Karksi_vallavalitsus, lk 110
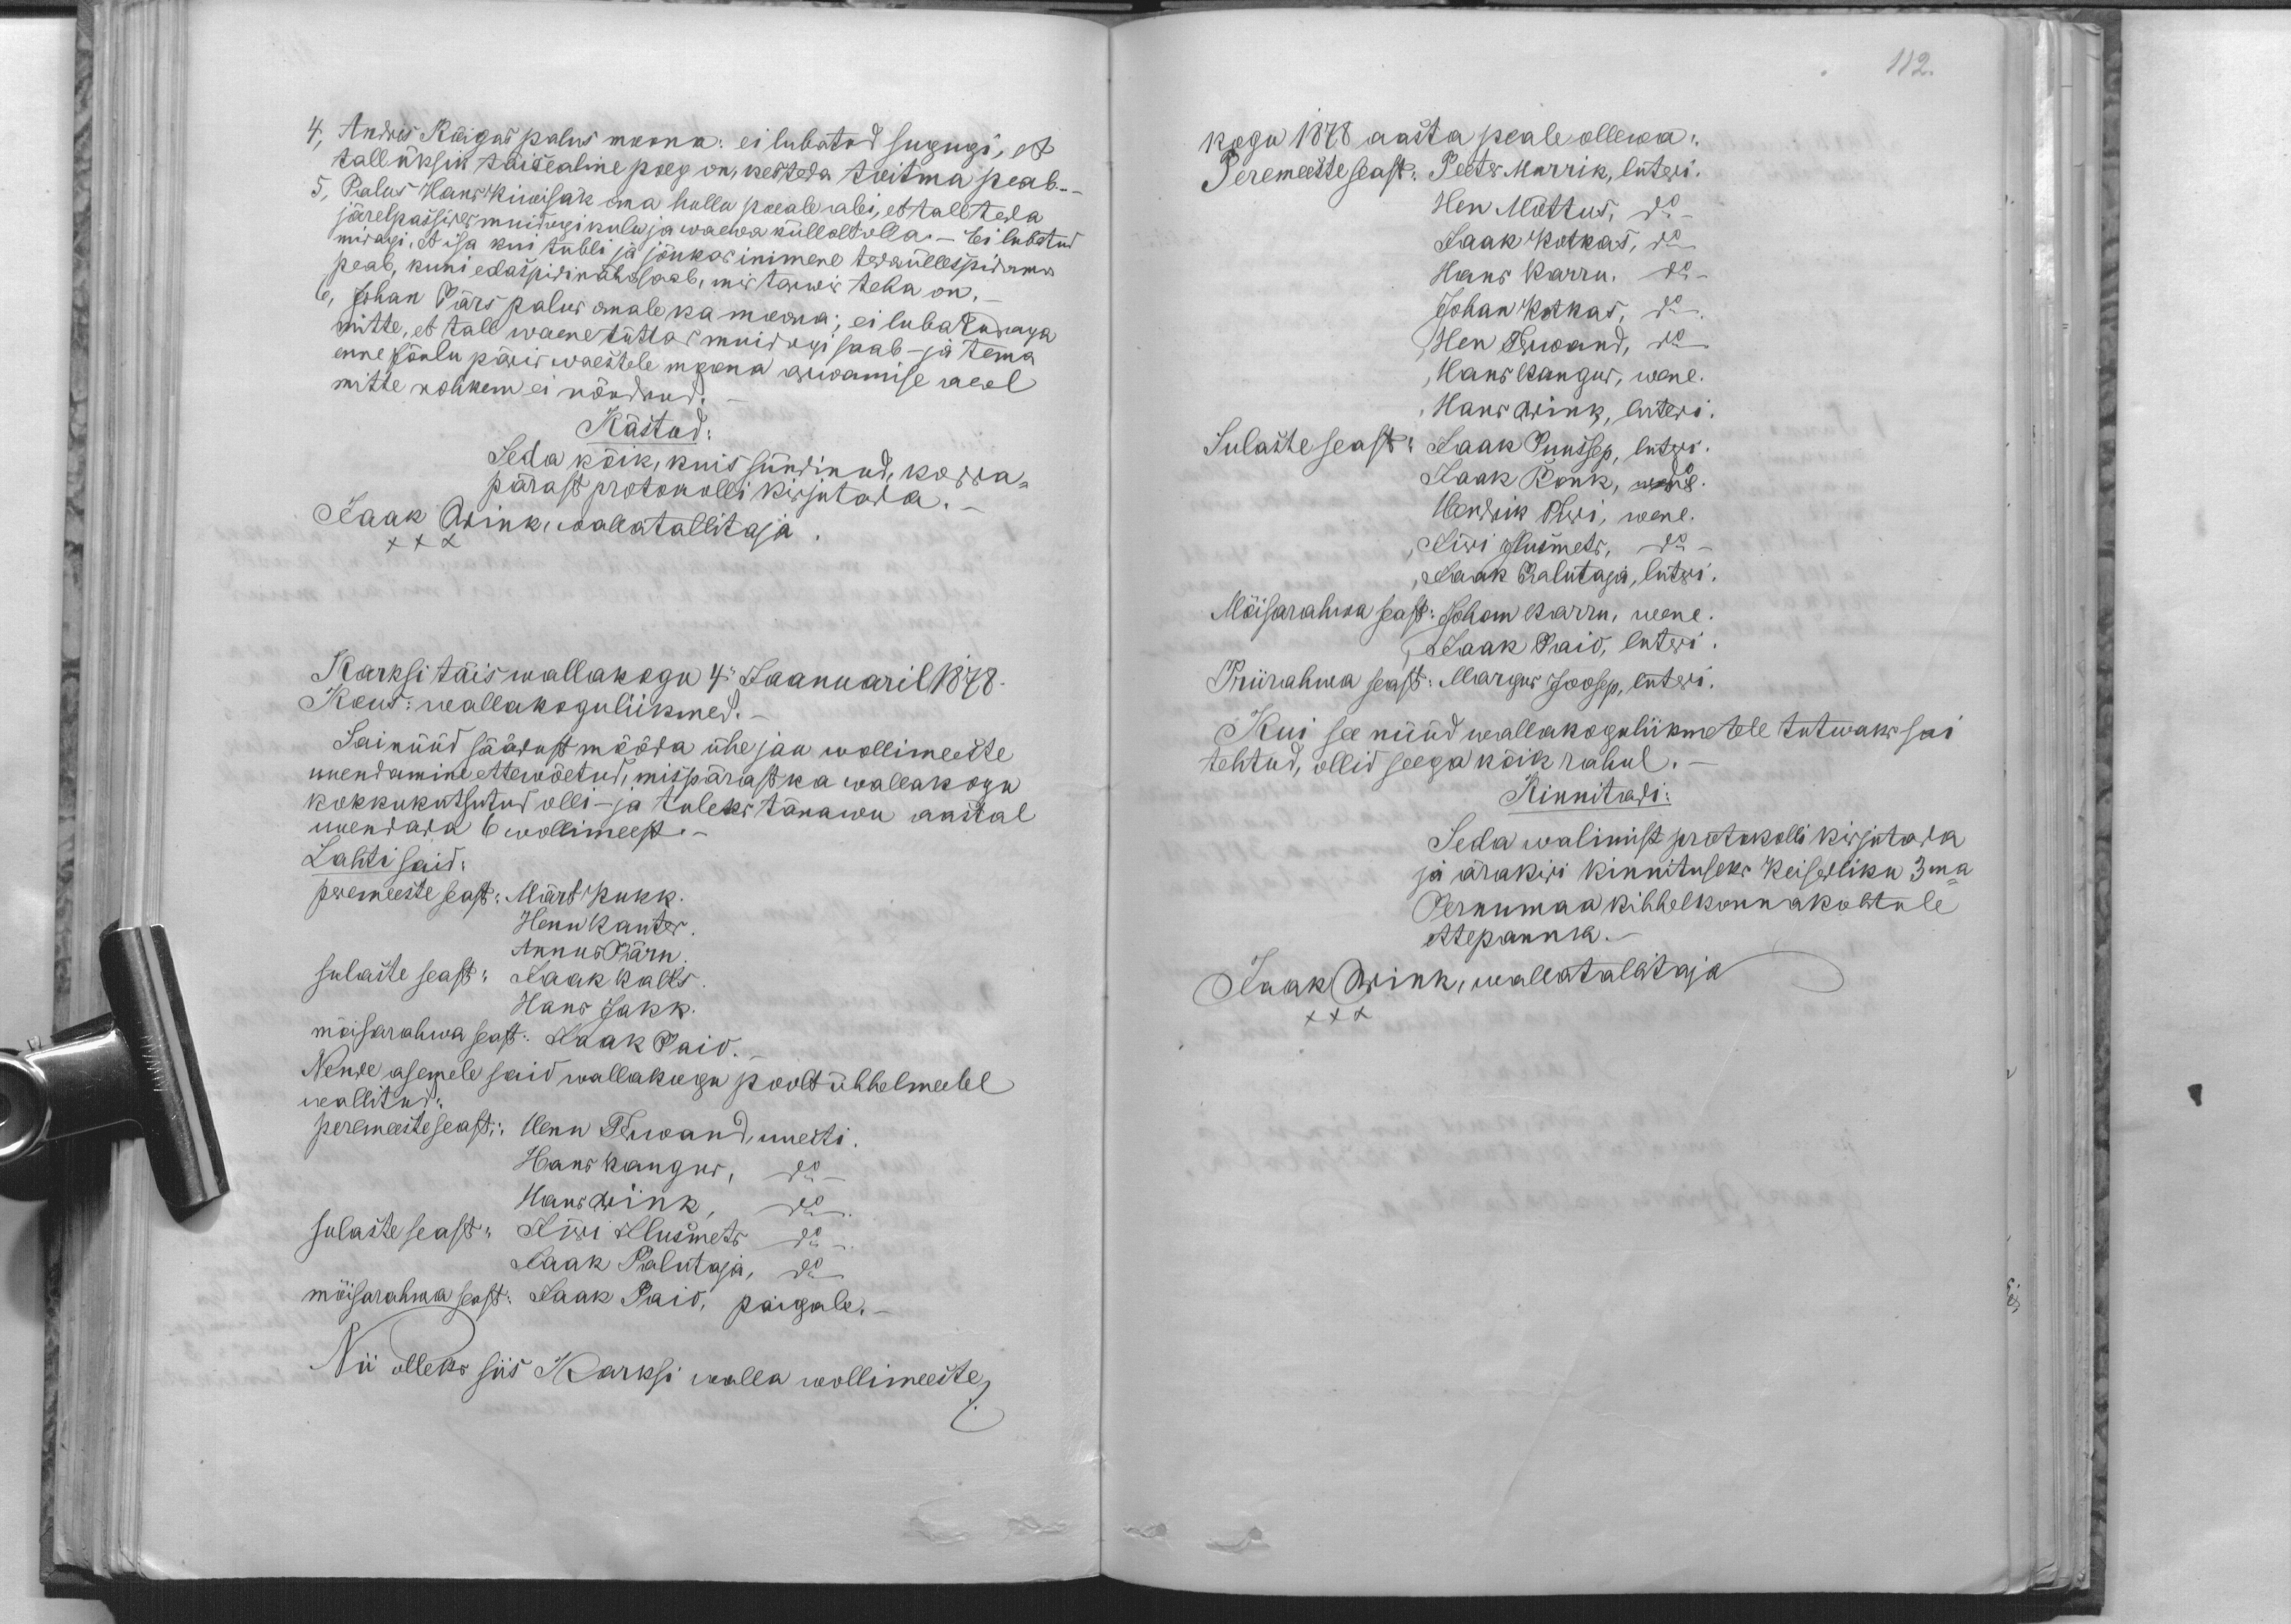
4, Andres Rõigas palus moona: ei lubatud sugugi, et
tall üksik täisealine poeg on, kes teda toitma peab.
5, Palus Hans Kiwisak oma hullu poeale abi, et tall teda
järelpassides muidugi kulu ja waewa küllalt olla.- Ei lubatud
midagi, et isa kui tubli ja jõukas inimene tedaüllespidama
peab, kuni edaspidi saab, mis tarwis teha on,
6, Johan Pärs palus omale ka moona; ei lubatudaga
mitte, et tall waene tüttar muidugi saab, - ja tema
enne Jõulu päris waestele moona arwamise aeal
mitte rohkem ei nõudnud.
Kästud:
Seda kõik, kuis sündinud, korra-
pärast protokolli kirjutada. -
Jaak Wink, wallatallitaja
XXX
Karksi täis wallakogu 4" Jaanuaril 1878.
Kous: wallakoguliikmed.
Sai nüüd säädust mööda ühe jau wollimeeste
uuendamine ettewõetud, mispärast ka wallakogu
kokkukutsutud olli - ja tuleks tänawu aastal
uuendada 6 wollimeest.-
Lahti said:
peremeeste seast: Märt Kukk.
Henn Kanter
Annus Pärn
sulaste seast: Jaak Kalts
Hans Jakk.
mõisarahwa seast: Jaak Paio.
Nende asemele said wallakogu poolt ühhelmeelel
wallitud:
peremeeste seast: Henn Terwand, uuesti
Hans Kangur, do
Hans Wink, do.
sulaste seast: Jüri Ilusmets do.
Jaak Palutaja, do
mõisarahwa seast: Jaak Paio, paigale. -
Nii olleks siis Karksi walla wollimeeste

112.
kogu 1878 aasta peale ollewa:
Peremeeste seast: Peeter Murrik, luteri.
Hen Mõttus, do
Jaak Kotkas, do
Hans Karru. do
Johan Kotkas, do
Hen Terwand, do
,Hans Kangur, wene.
,Hans Wink, luteri.
Sulaste seast: Jaak Puussep, luter.
Jaak Ronk, do wene.
Hendrik Puri, wene.
,Jüri Ilusmets, do
,Jaak Palutaja, lutri.
Mõisarahwa seast: Johan Karru, wene.
,Jaak Paio, lutri
Priirahwa seast: Margus Joosep, lutri.
Kui see nüüd wallakoguliikmetele tutwaks sai
tehtud, ollid seega kõik rahul.
Kinnitadi:
Seda walimist protokolli kirjutada
ja ärakiri kinnituseks Keiserliku 3ma
Pernumaa kihhelkonnakohtule
ettepanna.
Jaak Wink, wallatallitaja
XXX